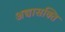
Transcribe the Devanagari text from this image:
अद्यासक्ति